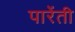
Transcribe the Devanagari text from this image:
पारेंती